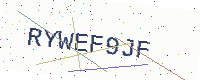
Text: RYWEF9JF